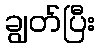
ချွတ်ပြီး